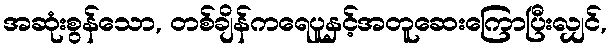
အဆုံးစွန်သော, တစ်ချိန်ကရေပူနှင့်အတူဆေးကြောပြီးလျှင်,